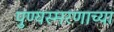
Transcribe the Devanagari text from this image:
पुण्यस्मरणाच्या